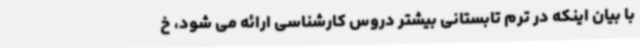
با بیان اینکه در ترم تابستانی بیشتر دروس کارشناسی ارائه می شود، خ